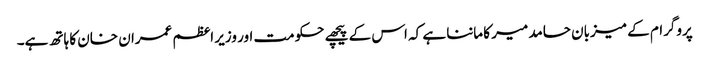
پروگرام کے میزبان حامد میر کا ماننا ہے کہ اس کے پیچھے حکومت اور وزیر اعظم عمران خان کا ہاتھ ہے۔